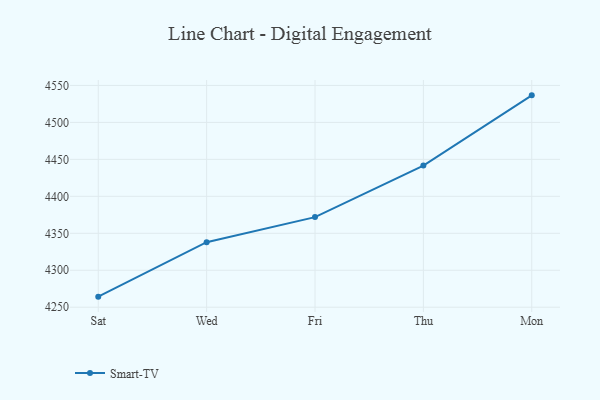
{"axis": {"x": "Day", "y": "Active Users"}, "legend": ["Smart-TV"], "data": [{"x": "Sat", "y": 4264.3, "type": "Smart-TV"}, {"x": "Wed", "y": 4338.0, "type": "Smart-TV"}, {"x": "Fri", "y": 4371.9, "type": "Smart-TV"}, {"x": "Thu", "y": 4441.6, "type": "Smart-TV"}, {"x": "Mon", "y": 4536.6, "type": "Smart-TV"}]}